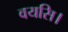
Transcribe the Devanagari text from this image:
वयसि।